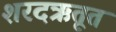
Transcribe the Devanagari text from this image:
शरदऋतूत